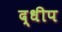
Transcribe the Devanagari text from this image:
द्धीप